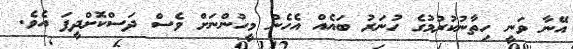
އޭނާ ވަނީ ހިތާނުކުރުމުގެ ހުނަރު ބައެއް އެހެން މީހުންނަށް ވެސް ދަސްކޮށްދީފަ އެވެ.